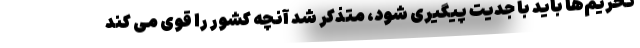
تحریم‌ها باید با جدیت پیگیری شود، متذکر شد آنچه کشور را قوی می کند